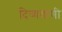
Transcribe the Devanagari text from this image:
दिव्यवाणी